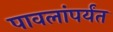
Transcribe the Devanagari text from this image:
पावलांपर्यंत